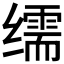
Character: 𦈡